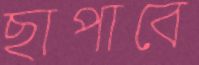
ছাপাবে